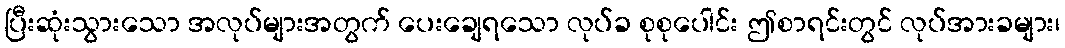
ပြီးဆုံးသွားသော အလုပ်များအတွက် ပေးချေရသော လုပ်ခ စုစုပေါင်း ဤစာရင်းတွင် လုပ်အားခများ၊